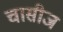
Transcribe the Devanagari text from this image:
चासीज